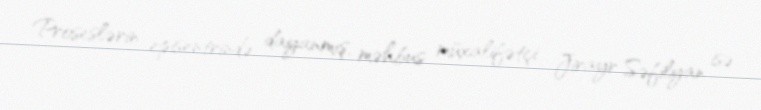
Proseslərin episentrində dayanmış, məhbus müxalifətçi Jirayr Səfilyan isə